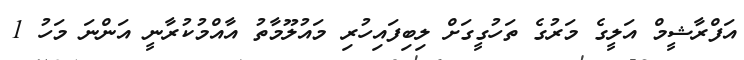
އަފްރާޝީމް އަލީގެ މަރުގެ ތަހުގީގަށް ލިބިފައިހުރި މައުލޫމާތު އާއްމުކުރާނީ އަންނަ މަހު 1